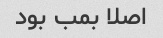
اصلا بمب بود